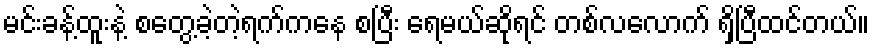
မင်းခန့်ထူးနဲ့ စတွေ့ခဲ့တဲ့ရက်ကနေ စပြီး ရေမယ်ဆိုရင် တစ်လလောက် ရှိပြီထင်တယ်။